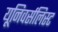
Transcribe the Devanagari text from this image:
यूनिवर्सलिस्ट